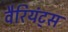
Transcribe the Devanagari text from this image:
वैरियंट्स